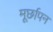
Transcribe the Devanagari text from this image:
मूर्छापन